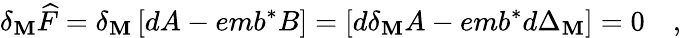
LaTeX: \delta_{\mathbf{M}}\widehat{{F}}=\delta_{\mathbf{M}}\left[dA-emb^{*}B\right]=\left[d\delta_{\mathbf{M}}A-emb^{*}d\Delta_{\mathbf{M}}\right]=0\quad,